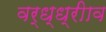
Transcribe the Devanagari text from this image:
वर्ध्ध्रीाव